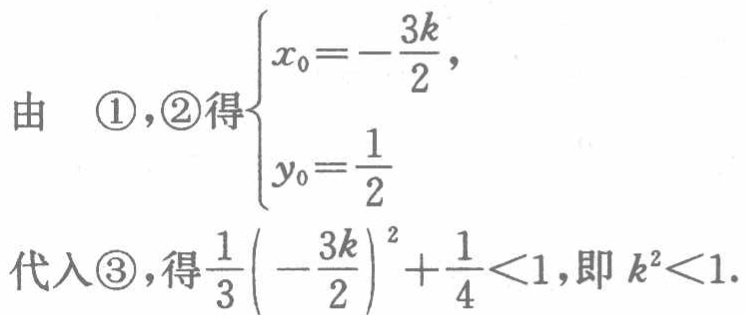
由 \textcircled{1},\textcircled{2}得$\begin{cases}

x_{0}=-\dfrac{3k}{2},\\

y_{0}=\dfrac{1}{2}

\end{cases}$

代入\textcircled{3},得$\dfrac{1}{3}\left(-\dfrac{3k}{2}\right)^{2}+\dfrac{1}{4}<1$,即$k^{2}<1$.